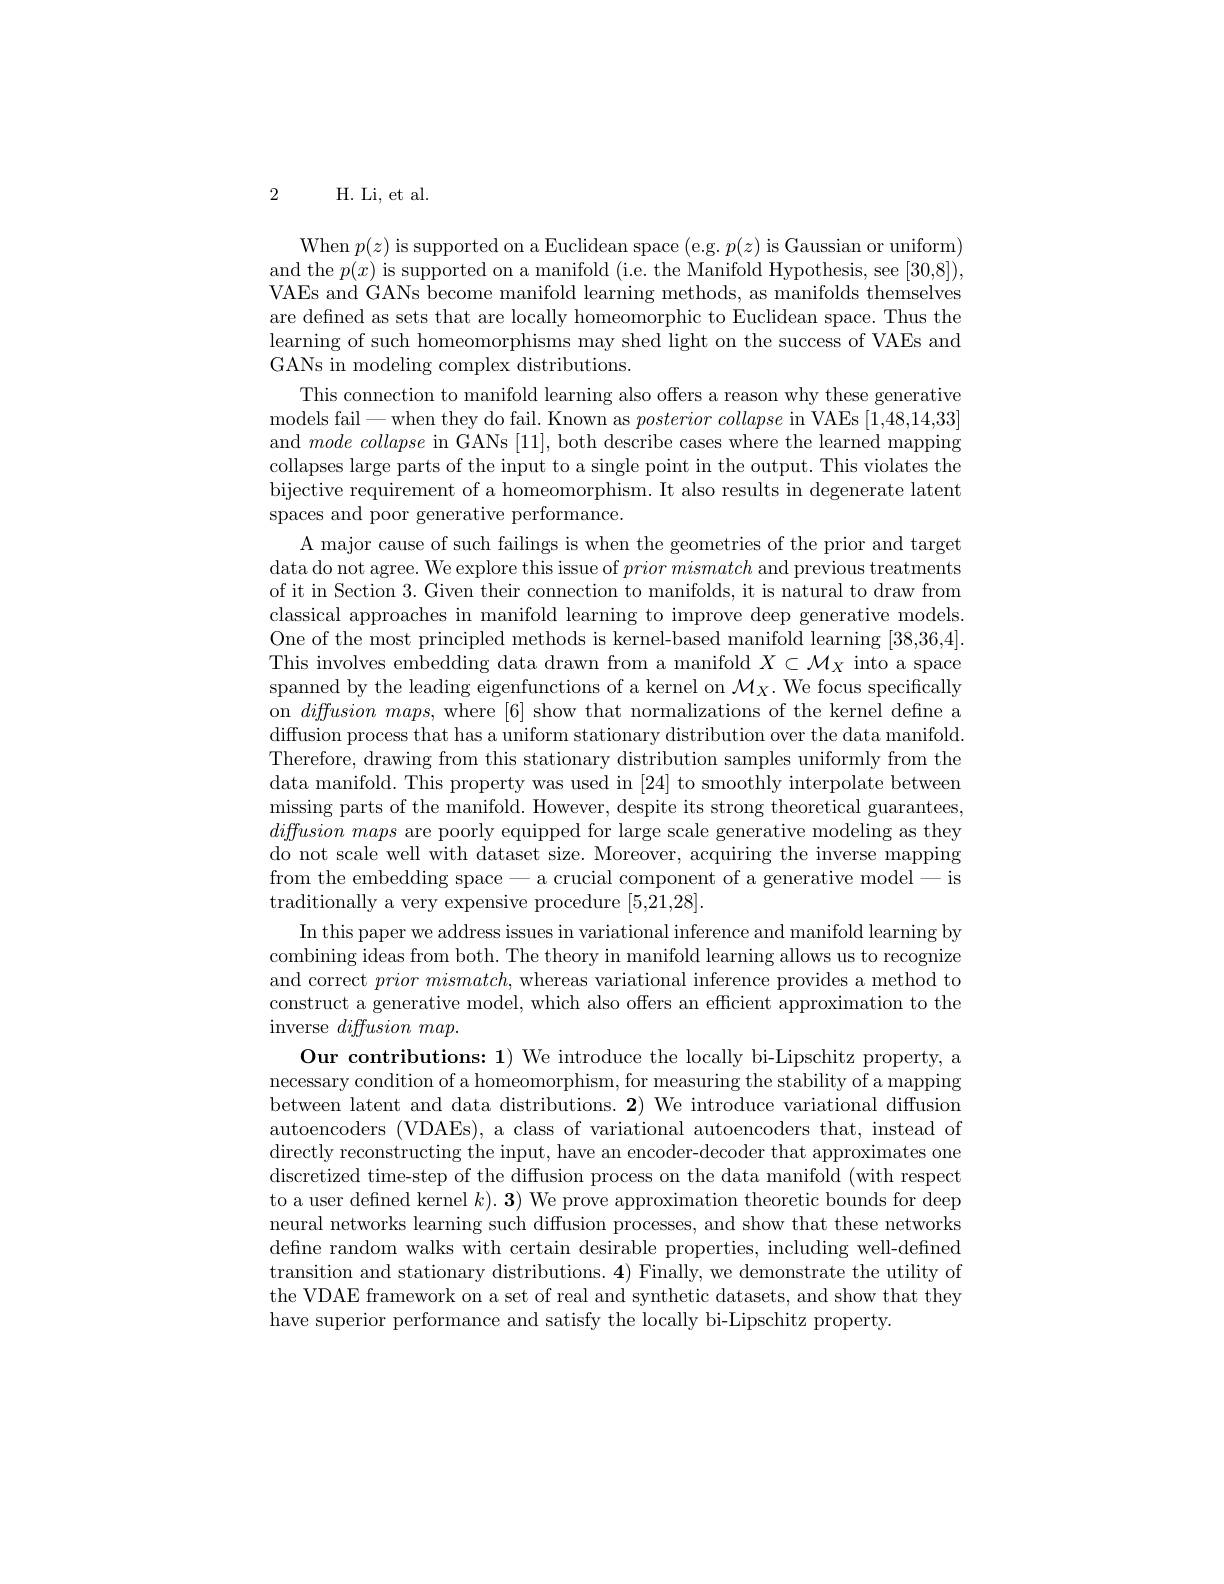
2 H. Li, et al.

When $p(z)$ is supported on a Euclidean space (e.g. $p(z)$ is Gaussian or uniform) and the $p(x)$ is supported on a manifold (i.e. the Manifold Hypothesis, see [30,8]), VAEs and GANs become manifold learning methods, as manifolds themselves are defned as sets that are locally homeomorphic to Euclidean space. Thus the learning of such homeomorphisms may shed light on the success of VAEs and GANs in modeling complex distributions.
This connection to manifold learning also offers a reason why these generative models fail-when they do fail. Known as posterior collapse in VAEs [1,48,14,33] and $mode\textit{ collapse in GANs [ 11] , both describe cases where the learned mapping}$ collapses large parts of the input to a single point in the output. This violates the bijective requirement of a homeomorphism. It also results in degenerate latent spaces and poor generative performance.
A major cause of such failings is when the geometries of the prior and target data do not agree. We explore this issue of $prior\textit{mismatch and previous treatments}$ of it in Section 3. Given their connection to manifolds, it is natural to draw from classical approaches in manifold learning to improve deep generative models. One of the most principled methods is kernel-based manifold learning [38,36,4]. This involves embedding data drawn from a manifold $X\subset\mathcal{M}_X$ into a space spanned by the leading eigenfunctions of a kernel on $\mathcal{M}_X.$ We focus specifically on $diffusionmaps$, where [6] show that normalizations of the kernel define a diffusion process that has a uniform stationary distribution over the data manifold. Therefore, drawing from this stationary distribution samples uniformly from the data manifold. This property was used in [24] to smoothly interpolate between missing parts of the manifold. However, despite its strong theoretical guarantees, diffusion maps are poorly equipped for large scale generative modeling as they do not scale well with dataset size. Moreover, acquiring the inverse mapping from the embedding space - a crucial component of a generative model-is traditionally a very expensive procedure [5,21,28].
In this paper we address issues in variational inference and manifold learning by combining ideas from both. The theory in manifold learning allows us to recognize and correct $priormismatch$,whereas variational inference provides a method to construct a generative model, which also offers an efficient approximation to the inverse $diffusionmap.$
Our contributions: 1) We introduce the locally bi-Lipschitz property, a necessary condition of a homeomorphism, for measuring the stability of a mapping between latent and data distributions. 2) We introduce variational diffusion autoencoders (VDAEs), a class of variational autoencoders that, instead of directly reconstructing the input, have an encoder-decoder that approximates one discretized time-step of the diffusion process on the data manifold (with respect to a user defined kernel $k) . \textbf{3})$ We prove approximation theoretic bounds for deep neural networks learning such diffusion processes, and show that these networks define random walks with certain desirable properties, including well-defined transition and stationary distributions. 4) Finally, we demonstrate the utility of the VDAE framework on a set of real and synthetic datasets, and show that they have superior performance and satisfy the locally bi-Lipschitz property.